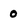
Character: 0